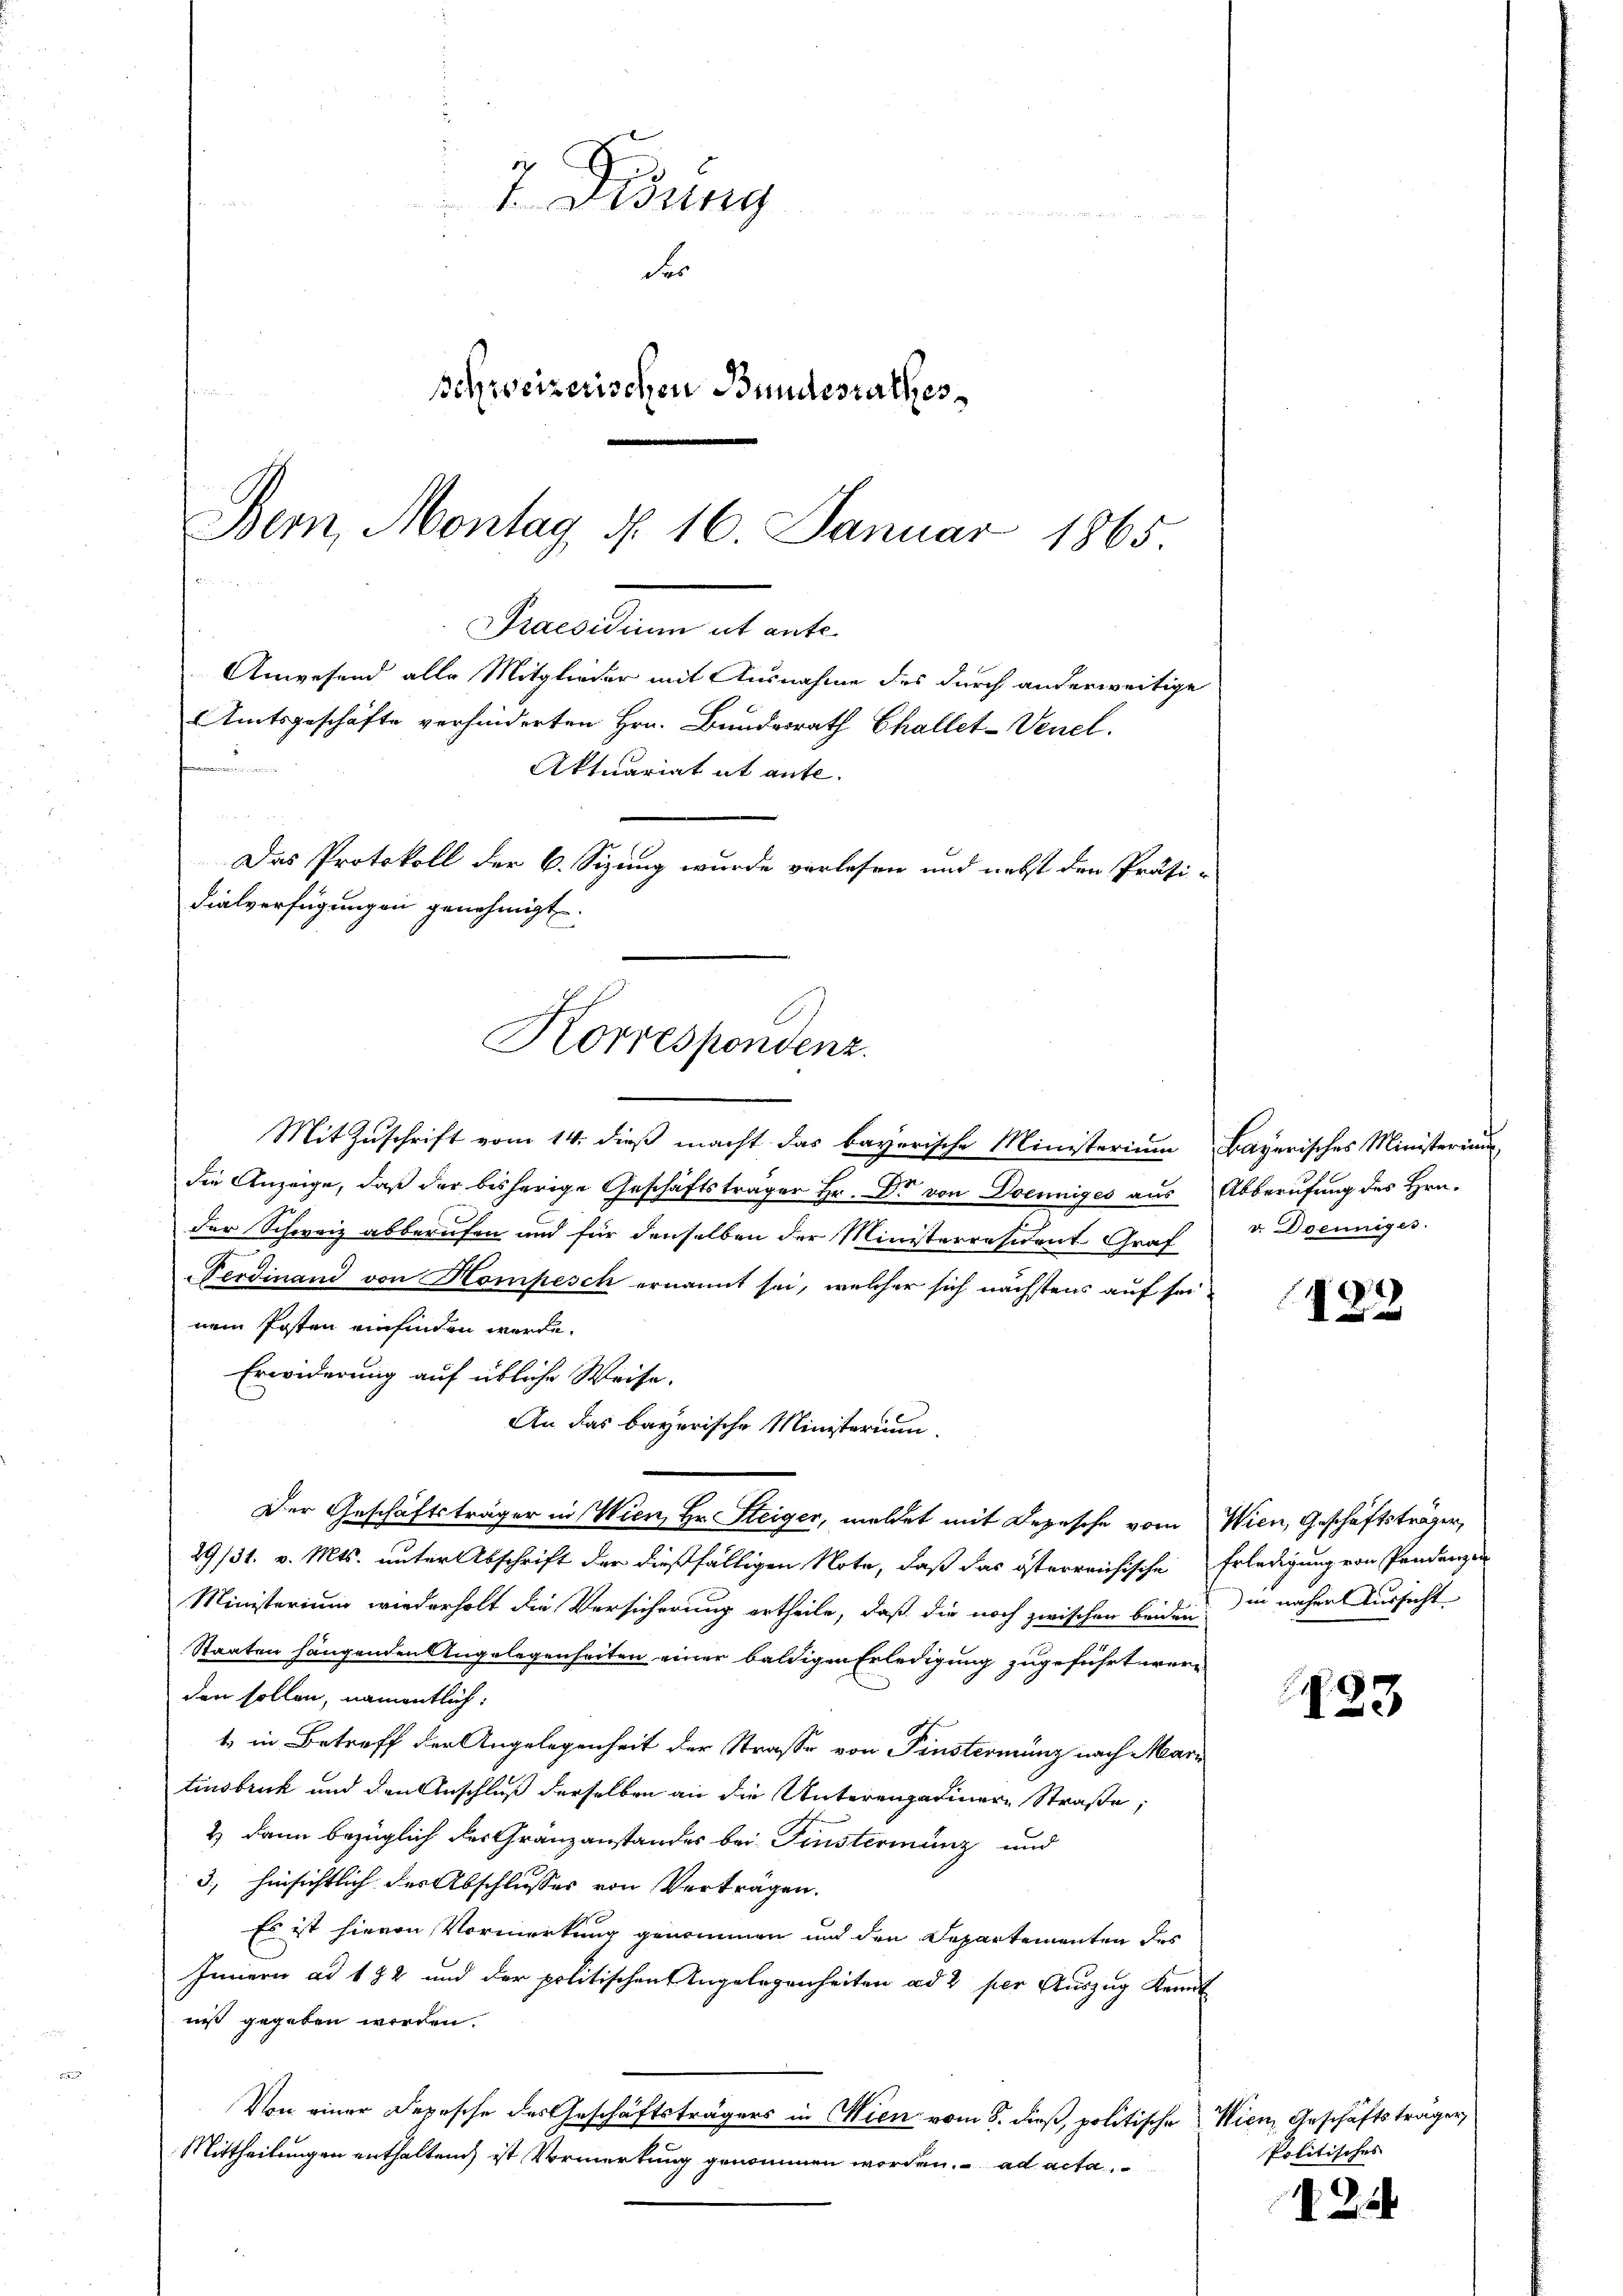
Parcellen alt ent¬
Anwesend alle Mitglieder mit Ausnahme des durch anderweitige
Amtsgeschäfte verhinderten Hrn. Bundesrath Challet-Venel.
t in die
t EA I 4
Das Protokoll der 6. Sizung wurde verlesen und nebst den Präsi-
dialverfügungen genehmigt.
Korrespondenz.

7. Disung
Fer
schweizerischen Bundesrathes
Bern, Montag §. 16. Januar 1865.

Mit Zuschrift vom 14. dieß macht das bayerische Ministerium Bayerisches Ministerium
die Anzeige, daß der bisherige Geschäftsträger Hr. Dr von Doenniges aus Abberufung des Hrn.
der Schweiz abberufen und für denselben der Ministerräsident Graf
Ferdinand von Hompesch ernannt sei, welcher sich nächstens auf seinem Posten einfinden werde.
Erwiderung auf übliche Weise.
An das bayerische Ministerium
Der Geschäftsträger in Wien, Hr. Steiger, meldet mit Depesche vom Wien, Geschäftsträger,
29/31. v. Mts. unter Abschrift der dießfälligen Note, daß das österreichische Erledigung von Pandenzen
Ministerium wiederholt die Versicherung ertheile, daß die noch zwischen beiden in näher Aussicht
Staaten hängenden Angelegenheiten einer baldigen Erledigung zugeführt werd
den sollen, namentlich:
1) in Betreff der Angelegenheit der Straße von Finstermung nach Mari
tinsbruck und den Anschluß derselben an die Unterengadinere Straße,
2) dann bezüglich der Gränzanstandes bei Finsterminz und
3., hinsichtlich des Abschlusses von Verträgen.
Es ist hievon Vormerkung genommen und den Departementen des
Innern ad 182 und der politischen Angelegenheiten ad 2 per Auszug Kennt
niß gegeben worden.
Von einer Depesche des Geschäftsträgers in Wien vom 8. dieß, politische Wien Geschäftsträger,
Mittheilungen enthaltend ist Vormerkung genommen worden. ad acta

Aktuariat it ante.

v. Doeuniges.

122

23

Politisches |

2